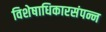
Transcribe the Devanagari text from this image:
विशेषाधिकारसंपन्न